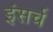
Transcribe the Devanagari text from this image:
इंसर्च